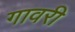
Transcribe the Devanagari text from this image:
गावरी